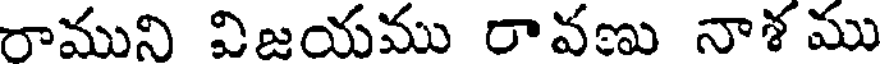
రాముని విజయము రావణు నాశ ము